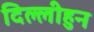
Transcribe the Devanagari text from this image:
दिल्लीहुन